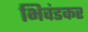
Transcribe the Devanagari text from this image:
भिवंडकर